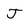
Character: J